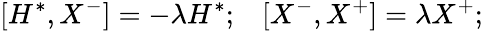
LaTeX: [H^{*},X^{-}]=-\lambda H^{*};\; \; \; [X^{-},X^{+}]=\lambda X^{+};